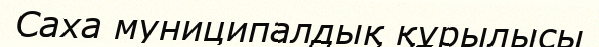
Саха муниципалдық құрылысы